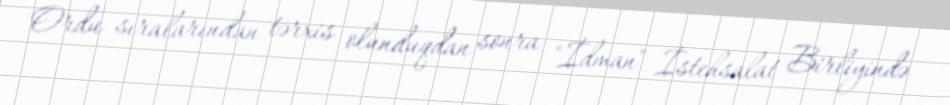
Ordu sıralarından tərxis olunduqdan sonra "İdman" İstehsalat Birliyində